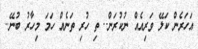
އަހަރެން ކަލޭ ވަރިއެއް ނުކުރަން.. ތި ހުރި ތަނެއް ހަމަ މިހާރު ބުނޭ..